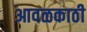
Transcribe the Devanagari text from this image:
आवळकाठी